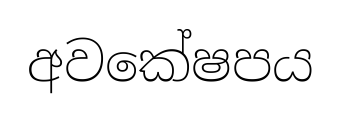
අවකේෂපය